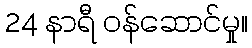
24 နာရီ ဝန်ဆောင်မှု။